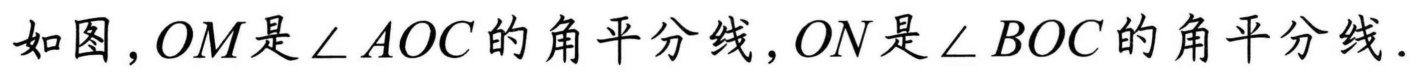
如图，\(OM\)是\(\angle AOC\)的角平分线，\(ON\)是\(\angle BOC\)的角平分线．